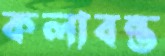
কলাবন্ত